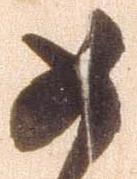
如